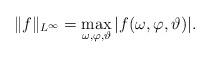
LaTeX: \begin{align*} \lVert f \rVert_{L^{\infty}}=\max_{\omega,\varphi,\vartheta} | f(\omega,\varphi,\vartheta) |. \end{align*}